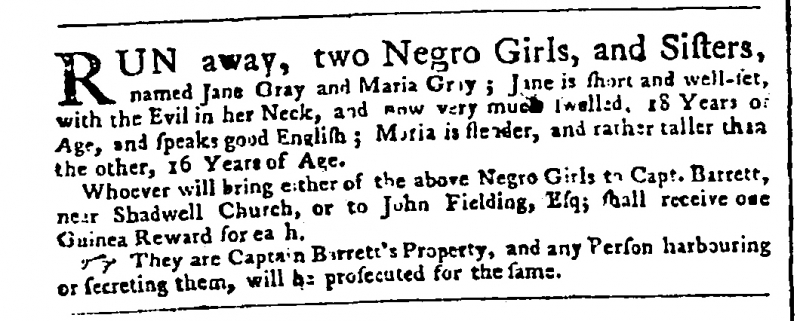
Public Advertiser, 20 November 1758 (England)
RUN away, two Negro Girls, and Sisters, named Jane Gray and Maria Gray; Jane is short and well-set, with the Evil in her Neck, and now very much swelled, 18 Years of Age, and speaks good English; Maria is slender, and rather taller than the other, 16 Years of Age.  Whoever will bring either of the above Negro Girls to Capt. Barrett, near Shadwell Church, or to John Fielding, Esq; shall receive one Guinea Reward for ea[c]h.   They are Captain Barrett’s Property, and any Person harbouring or secreting them, will be prosecuted for the same.